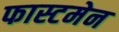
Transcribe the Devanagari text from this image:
फास्टमेन